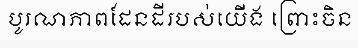
បូរណភាពដែនដីរបស់យើង ព្រោះចិន